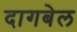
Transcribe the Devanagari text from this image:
दागबेल